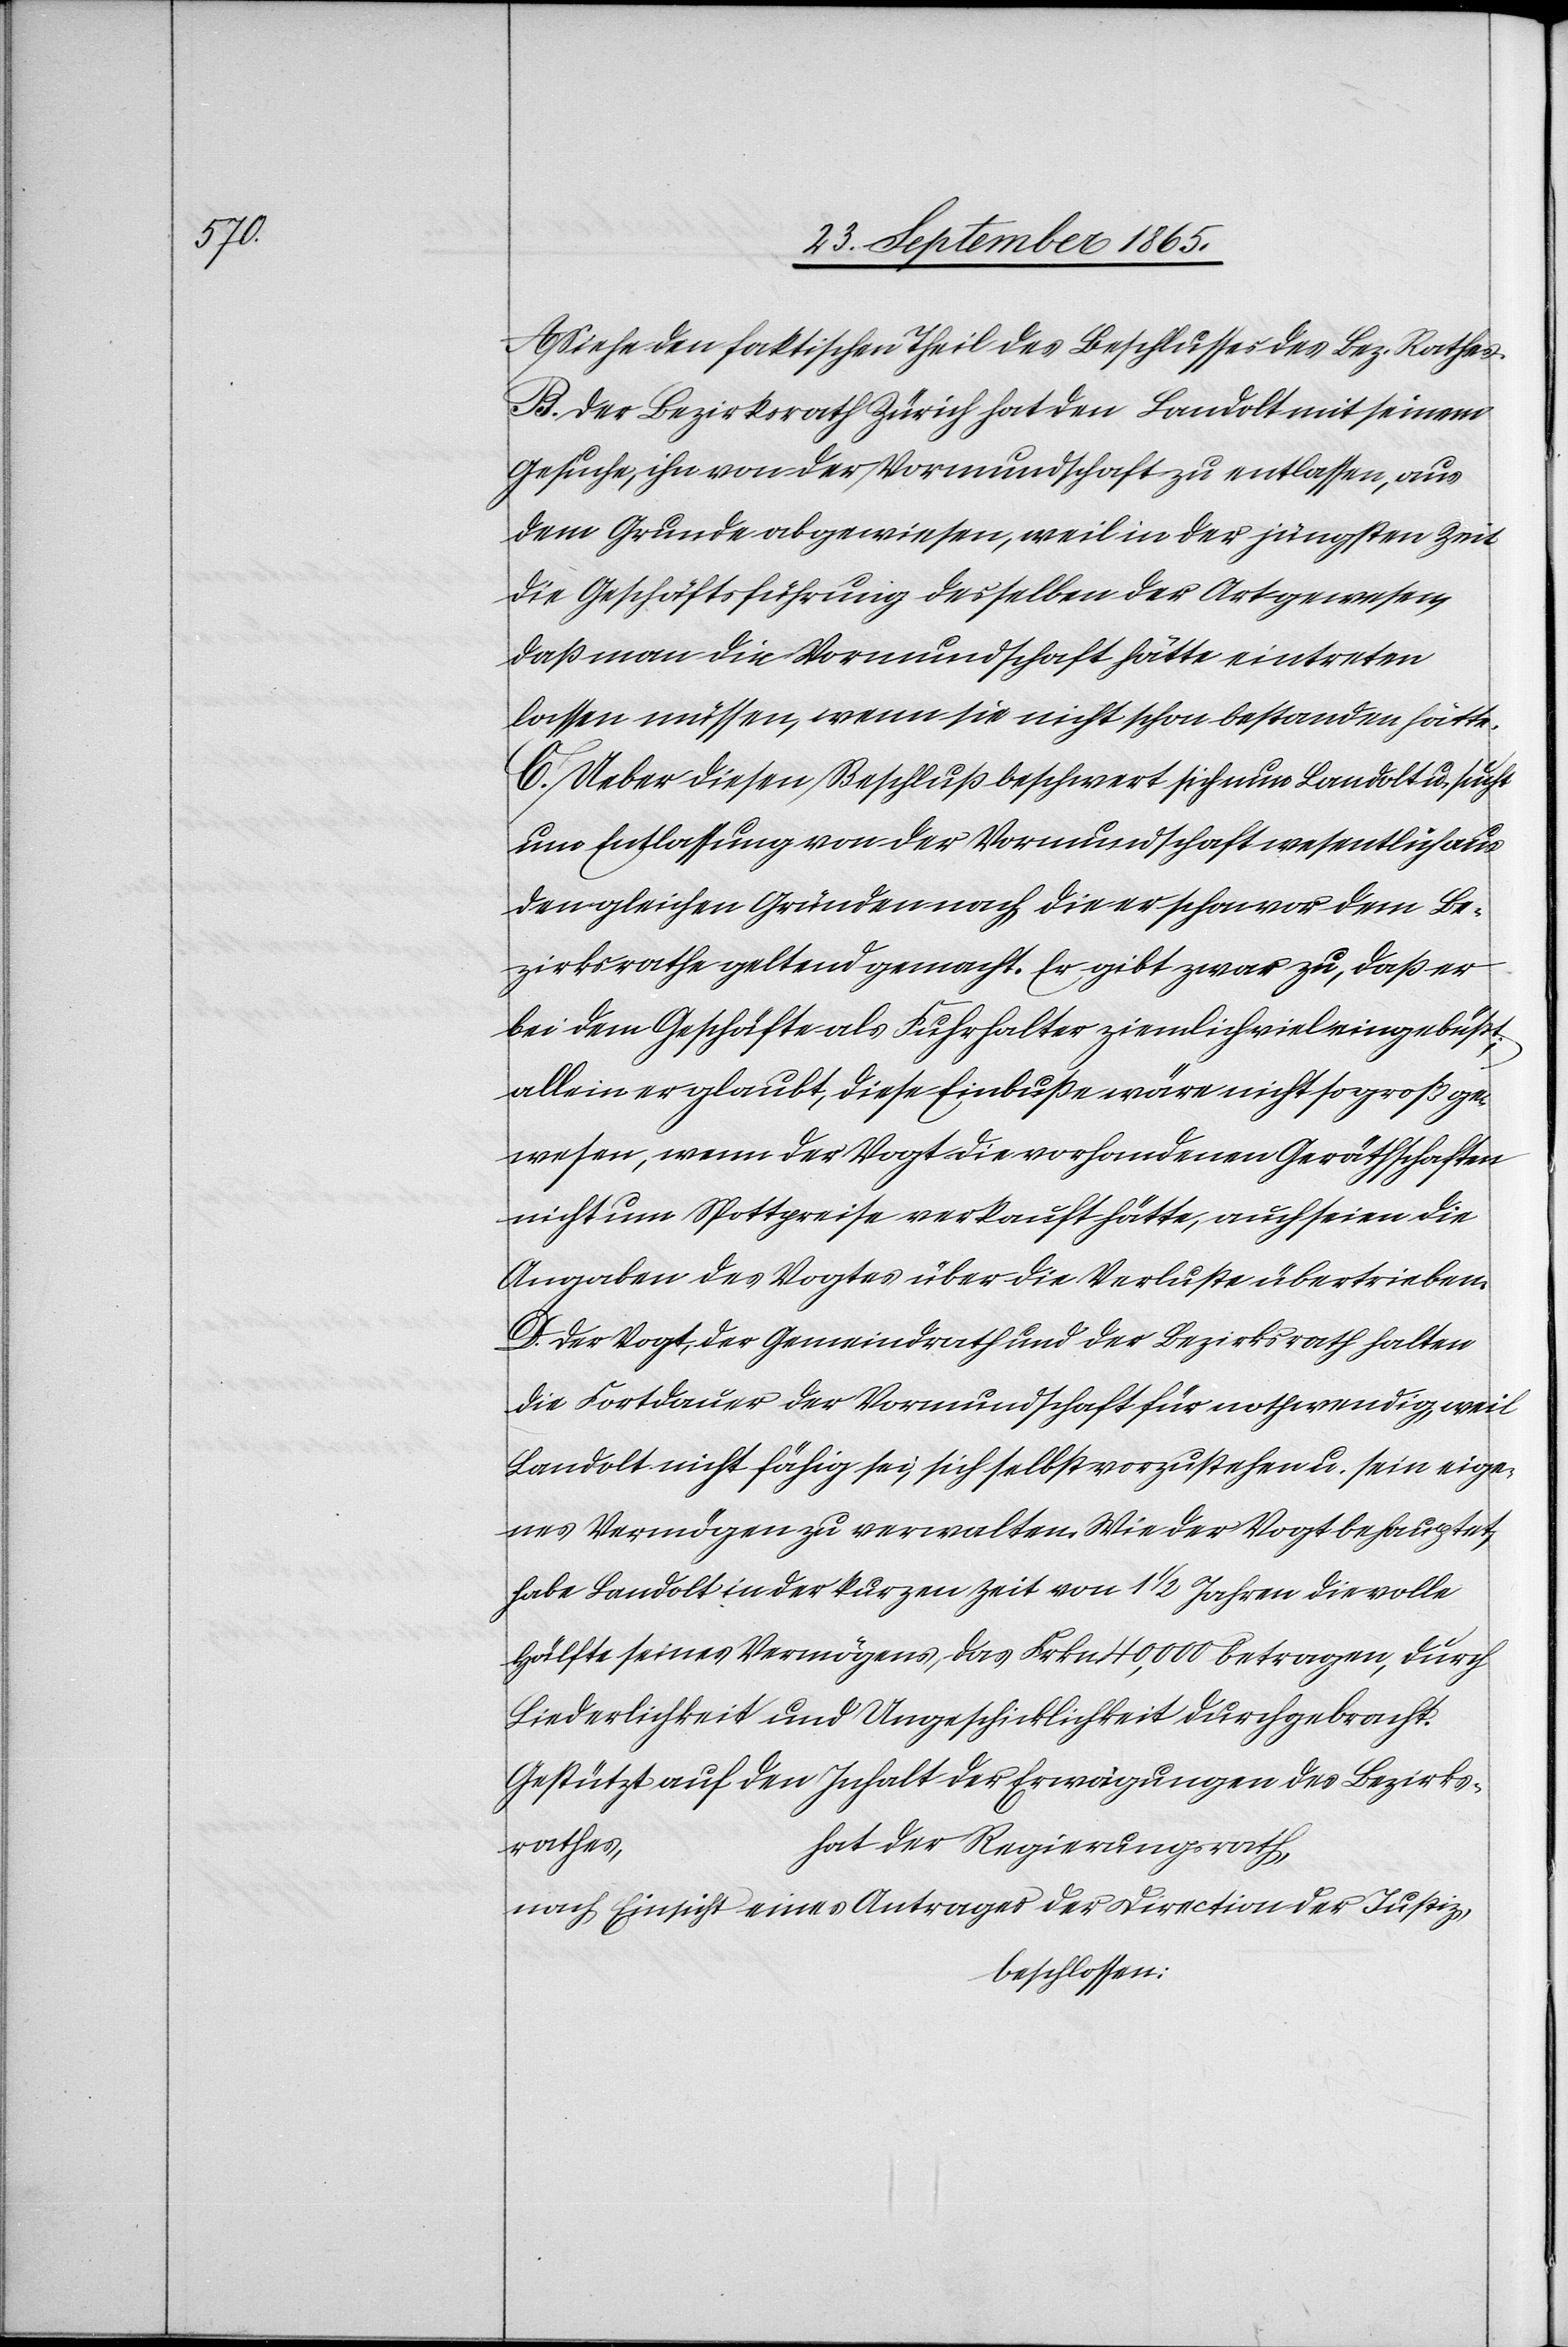
A. Siehe den faktischen Theil des Beschlusses des Bez. Rathes.
B. Der Bezirksrath Zürich hat den Landolt mit seinem
Gesuche, ihn von der Vormundschaft zu entlassen, aus
dem Grunde abgewiesen, weil in der jüngsten Zeit
die Geschäftsführung desselben der Art gewesen,
daß man die Vormundschaft hätte eintreten
lassen müssen, wenn sie nicht schon bestanden hätte.
C. Ueber diesen Beschluß beschwert sich nun Landolt u. sucht
um Entlassung von der Vormundschaft wesentlich aus
den gleichen Gründen nach, die er schon vor dem Be¬
zirksrathe geltend gemacht. Er gibt zwar zu, daß er
bei dem Geschäfte als Fuhrhalter ziemlich viel eingebüßt;
allein er glaubt, diese Einbuße wäre nicht so groß ge¬
wesen, wenn der Vogt die vorhandenen Geräthschaften
nicht um Spottpreise verkauft hätte, auch seien die
Angaben des Vogtes über die Verluste übertrieben.
Der Vogt, der Gemeindrath und der Bezirksrath halten
die Fortdauer der Vormundschaft für nothwendig, weil
Landolt nicht fähig sei, sich selbst vorzustehen u. sein eige¬
nes Vermögen zu verwalten. Wie der Vogt behauptet,
habe Landolt in der kurzen Zeit von 1 1/2 Jahren die volle
Hälfte seines Vermögens, das Frkn. 40,000 betragen, durch
Liederlichkeit und Ungeschicklichkeit durchgebracht.
Gestützt auf den Inhalt der Erwägungen des Bezirks¬
hat der Regierungsrath,
rathes,
nach Einsicht eines Antrages der Direction der Justiz,
beschlossen: